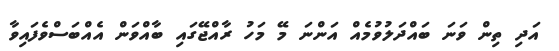
އަދި ތިން ވަނަ ބައްދަލުވުމެއް އަންނަ މޭ މަހު ރާއްޖޭގައި ބާއްވަން އެއްބަސްވެފައިވާ